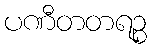
ပဏီတတရဉ္စ